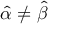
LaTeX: { \hat { \alpha } } \neq { \hat { \beta } }